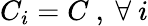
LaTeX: C_{i}=C~,~\forall~i